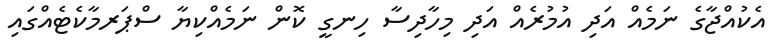
އެކުއްޖާގެ ނަމެއް އަދި އުމުރެއް އަދި މިހާދިސާ ހިނގީ ކޮން ނަމެއްކިޔާ ސްޕަރމާކެޓެއްގައި